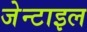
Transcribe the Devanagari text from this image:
जेन्टाइल